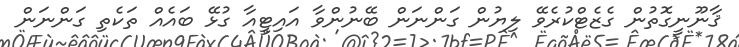
ޤާނޫނީގޮތުން ގެޒެޓްކުރެވޭ ލިޔުން ގަންނަން ބޭނުންވާ އައިޓީއާ ގުޅޭ ބައެއް ތަކެތި ގަންނަން